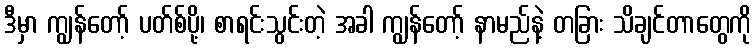
ဒီမှာ ကျွန်တော့် ပတ်စ်ပို့၊ စာရင်းသွင်းတဲ့ အခါ ကျွန်တော့် နာမည်နဲ့ တခြား သိချင်တာတွေကို